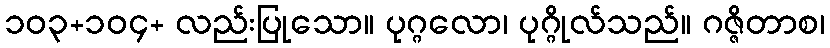
၁၀၃+၁၀၄+ လည်းပြုသော။ ပုဂ္ဂလော၊ ပုဂ္ဂိုလ်သည်။ ဂဇ္ဇိတာစ၊